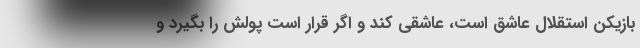
بازیکن استقلال عاشق است، عاشقی کند و اگر قرار است پولش را بگیرد و